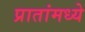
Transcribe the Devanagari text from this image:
प्रातांमध्ये